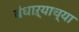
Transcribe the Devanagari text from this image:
बंधाऱ्याच्या